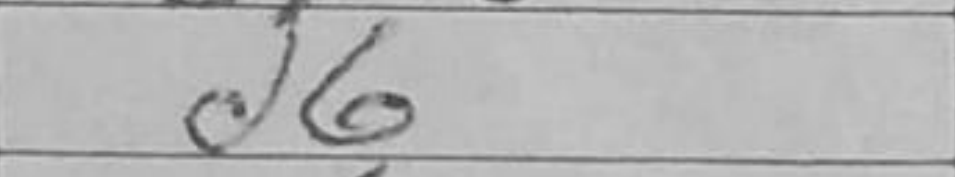
Transcription: d6